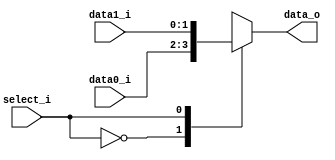
// 0410893

module MUX_2to1(
               data0_i,
               data1_i,
               select_i,
               data_o
               );

parameter size = 0;			   
			
//I/O ports               
input   [size-1:0] data0_i;          
input   [size-1:0] data1_i;
input              select_i;
output  [size-1:0] data_o; 

//Internal Signals
reg     [size-1:0] data_o;

//Main function
always@(*)begin
	case(select_i)
		1'b0:	data_o<=data0_i;
		1'b1:	data_o<=data1_i;
	endcase
end
endmodule